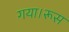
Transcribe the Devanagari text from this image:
गया।रूस